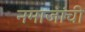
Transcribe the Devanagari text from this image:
नमाजांची